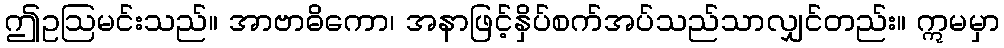
ဤဥဩမင်းသည်။ အာဗာဓိကော၊ အနာဖြင့်နှိပ်စက်အပ်သည်သာလျှင်တည်း။ ဣမမှာ